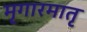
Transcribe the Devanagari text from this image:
मृगारमातृ